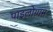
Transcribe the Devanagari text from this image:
पाइलोग्राम